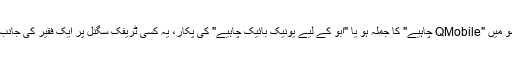
بظاہر یہ بات محض کسی گیم شو میں "QMobile چاہیے" کا جملہ ہو یا "ابوّ کے لیے یونیک بائیک چاہیے" کی پکار، یہ کسی ٹریفک سگنل پر ایک فقیر کی جانب سے "ایک روٹی دلاِ دیں باجی!